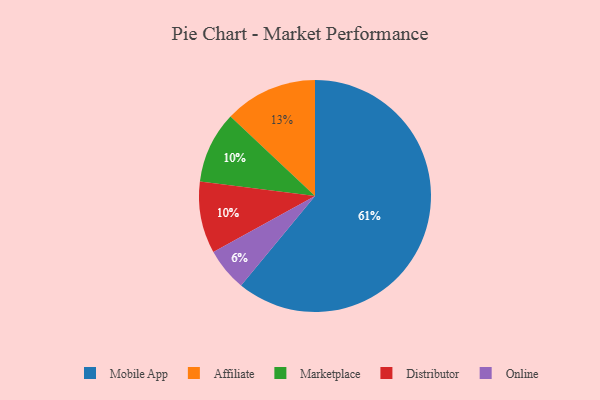
{"axis": {"x": "Category", "y": "Percentage"}, "legend": ["Affiliate", "Distributor", "Marketplace", "Mobile App", "Online"], "data": [{"x": "Marketplace", "y": 10, "type": "Marketplace"}, {"x": "Mobile App", "y": 61, "type": "Mobile App"}, {"x": "Online", "y": 6, "type": "Online"}, {"x": "Distributor", "y": 10, "type": "Distributor"}, {"x": "Affiliate", "y": 13, "type": "Affiliate"}]}